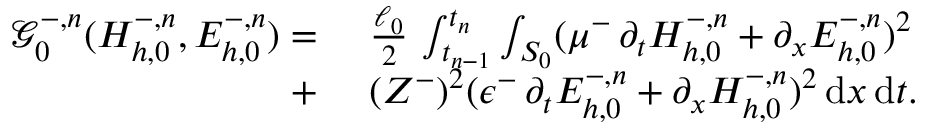
\begin{array} { r l } { \mathcal { G } _ { 0 } ^ { - , n } ( H _ { h , 0 } ^ { - , n } , E _ { h , 0 } ^ { - , n } ) = } & { \, \, \frac { \ell _ { 0 } } { 2 } \, \int _ { t _ { n - 1 } } ^ { t _ { n } } \int _ { S _ { 0 } } ( \mu ^ { - } \, \partial _ { t } H _ { h , 0 } ^ { - , n } + \partial _ { x } E _ { h , 0 } ^ { - , n } ) ^ { 2 } } \\ { + } & { \, \, ( Z ^ { - } ) ^ { 2 } ( \epsilon ^ { - } \, \partial _ { t } E _ { h , 0 } ^ { - , n } + \partial _ { x } H _ { h , 0 } ^ { - , n } ) ^ { 2 } \, \mathrm { d } x \, \mathrm { d } t . } \end{array}